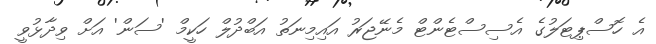
އެ ހޮސްޕިޓަލުގެ އެސިސްޓެންޓް މެނޭޖަރު އައިމިނަތު އަބްދުލް ހަކީމް 'ސަން' އަށް ވިދާޅުވީ